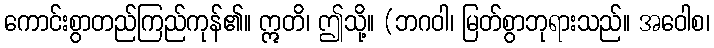
ကောင်းစွာတည်ကြည်ကုန်၏။ ဣတိ၊ ဤသို့။ (ဘဂဝါ၊ မြတ်စွာဘုရားသည်။ အဝေါစ၊